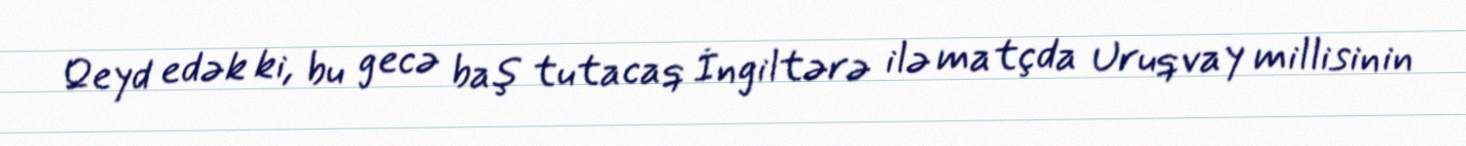
Qeyd edək ki, bu gecə baş tutacaq İngiltərə ilə matçda Uruqvay millisinin